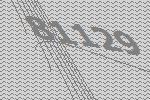
81129